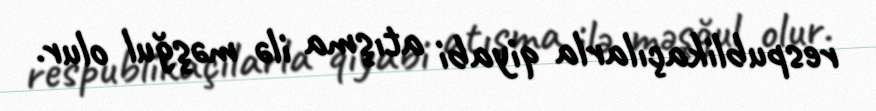
respublikaçılarla qiyabi atışma ilə məşğul olur.